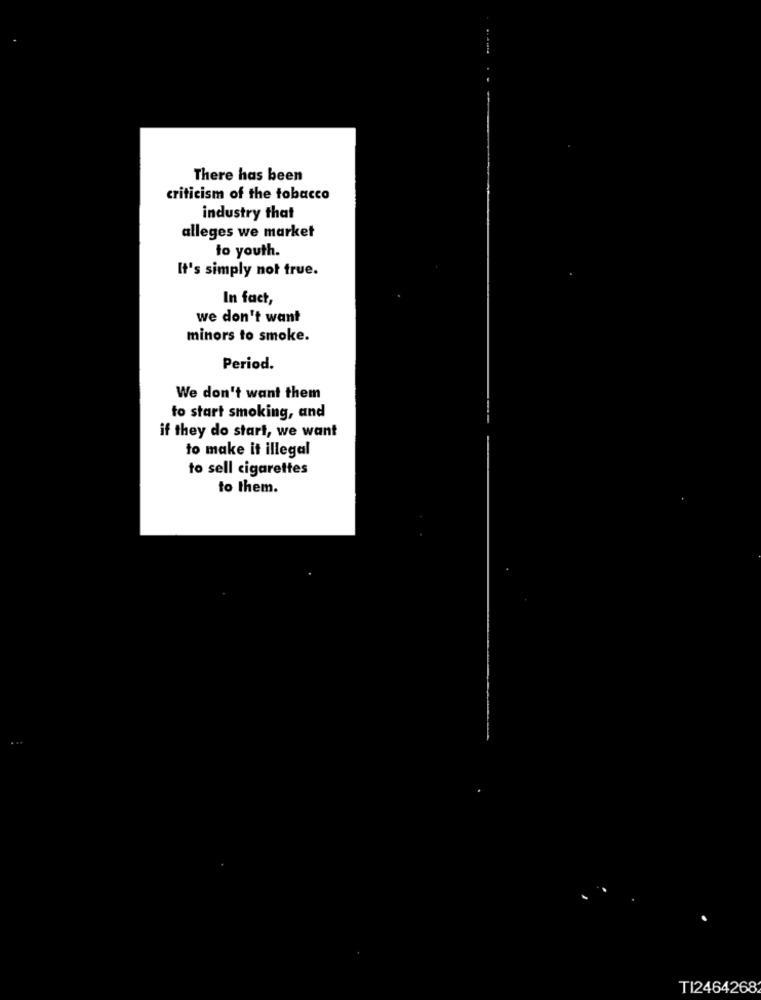
There has been
criticism of the tobacco
industry that
alleges we market
to youth.
It's simply not true.
In fact,
we don't want
minors to smoke.
Period.
We don't want them
to start smoking, and
if they do start, we want
to make it illegal
to sell cigarettes
to them.
TI24642682